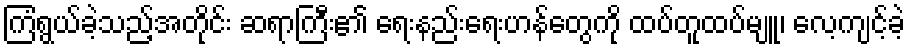
ကြံရွယ်ခဲ့သည့်အတိုင်း ဆရာကြီး၏ ရေးနည်းရေးဟန်တွေကို ထပ်တူထပ်မျူ၊ လေ့ကျင့်ခဲ့